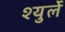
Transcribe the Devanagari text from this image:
श्युर्ले